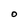
Character: O